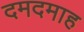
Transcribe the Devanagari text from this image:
दमदमाह